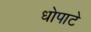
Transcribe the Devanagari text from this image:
धोपाटे